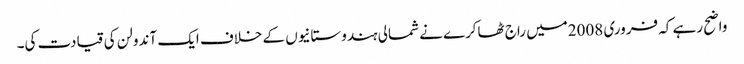
واضح رہے کہ فروری 2008میں راج ٹھاکرے نے شمالی ہندوستانیوں کے خلاف ایک آندولن کی قیادت کی۔